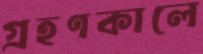
গ্রহণকালে